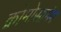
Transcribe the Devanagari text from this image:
क्रोमोसामेम